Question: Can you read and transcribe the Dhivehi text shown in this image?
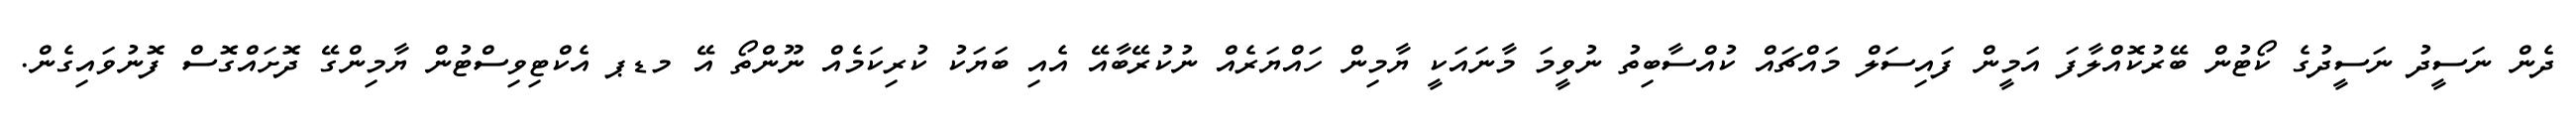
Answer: ދެން ނަސީދު ނަސީދުގެ ކޯޓުން ބޭރުކޮއްލާފަ އަމީން ފައިސަލް މައްޗައް ކުއްސާބިތު ނުވީމަ މާނައަކީ ޔާމިން ހައްޔަރެއް ނުކުރޭބާއޭ އެއި ބަޔަކު ކުރިކަމެއް ނޫންތޯ އޭ މޑޕ އެކްޓިވިސްޓުން ޔާމިންގޭ ދޮށައްގޮސް ފޮނުވައިގެން.